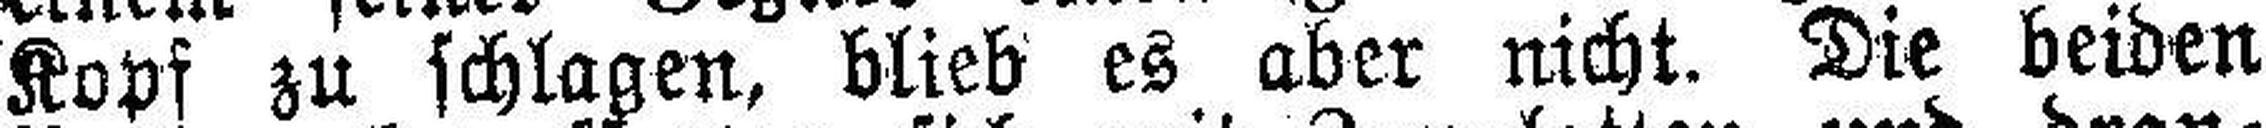
Kopf zu schlagen, blieb es aber nicht. Die beiden